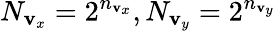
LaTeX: N_{\mathbf{v}_{x}}=2^{n_{\mathbf{v}_{x}}},N_{\mathbf{v}_{y}}=2^{n_{\mathbf{v}_{y}}}